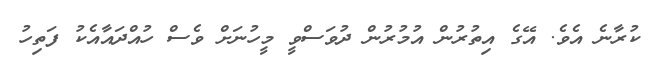
ކުރާނެ އެވެ. އޭގެ އިތުރުން އުމުރުން ދުވަސްވީ މީހުނަށް ވެސް ހުއްދައާއެކު ފަތިހު